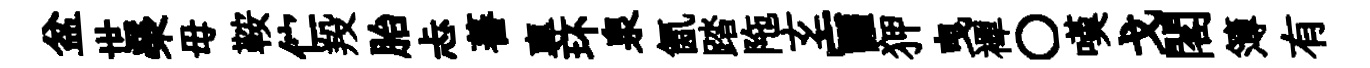
盆世榮毋鞍伫羖胎忐蕃專环泉氤踏陁𤣥盲狎曳襌〇嘆戈閣簿有